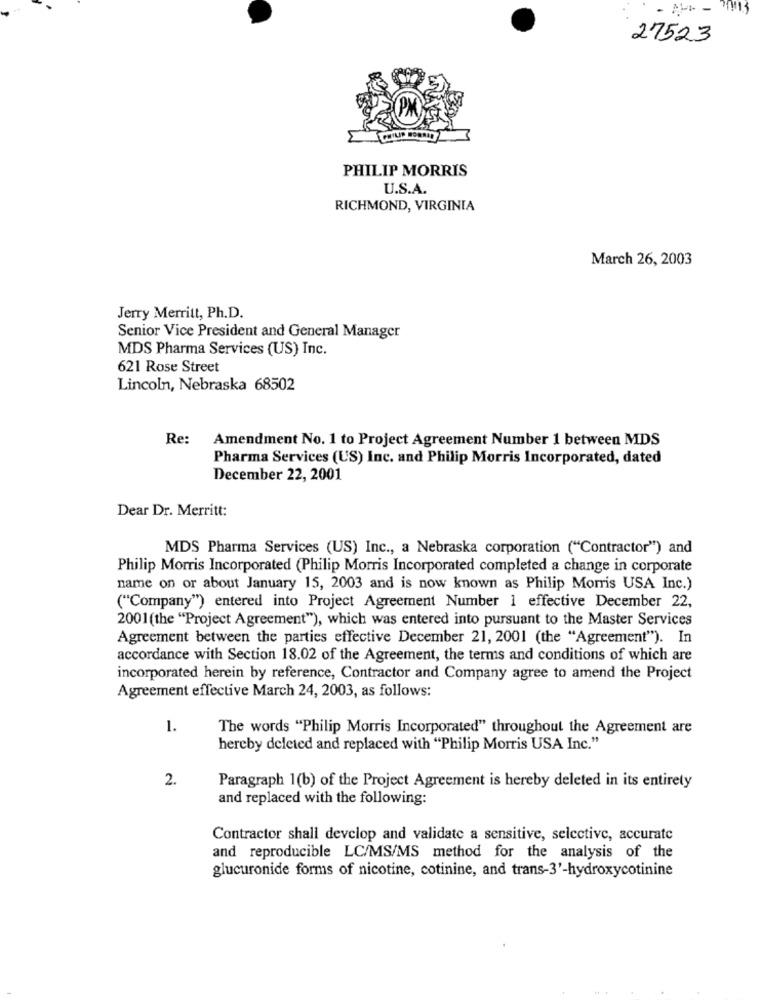
- --- -
27523
PHILIP MORRIS
U.S.A.
RICHMOND, VIRGINIA
March 26, 2003
Jerry Merritt, Ph.D.
Senior Vice President and General Manager
MDS Pharma Services (US) Inc.
621 Rose Street
Lincoln, Nebraska 68502
Re:
Amendment No. 1 to Project Agreement Number 1 between MDS
Pharma Services (US) Inc. and Philip Morris Incorporated, dated
December 22, 2001
Dear Dr. Merritt:
MDS Pharma Services (US) Inc ., a Nebraska corporation ("Contractor") and
Philip Morris Incorporated (Philip Morris Incorporated completed a change in corporate
name on or about January 15, 2003 and is now known as Philip Morris USA Inc.)
("Company") entered into Project Agreement Number 1 effective December 22,
2001(the "Project Agreement"), which was entered into pursuant to the Master Services
Agreement between the parties effective December 21, 2001 (the "Agreement"). In
accordance with Section 18.02 of the Agreement, the terms and conditions of which are
incorporated herein by reference, Contractor and Company agree to amend the Project
Agreement effective March 24, 2003, as follows:
1.
The words "Philip Morris Incorporated" throughout the Agreement are
hereby deleted and replaced with "Philip Morris USA Inc."
2.
Paragraph 1(b) of the Project Agreement is hereby deleted in its entirety
and replaced with the following:
Contractor shall develop and validate a sensitive, selective, accurate
and reproducible LC/MS/MS method for the analysis of the
glucuronide forms of nicotine, cotinine, and trans-3'-hydroxycotinine